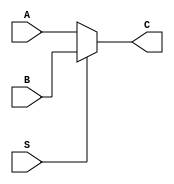
`timescale 1ns / 1ps
//////////////////////////////////////////////////////////////////////////////////
// Company: 
// Engineer: 
// 
// Design Name: 
// Module Name:    MUX2T1_32 
// Project Name: 
// Target Devices: 
// Tool versions: 
// Description: 
//
// Dependencies: 
//
// Revision: 
// Revision 0.01 - File Created
// Additional Comments: 
//
//////////////////////////////////////////////////////////////////////////////////
module MUX2T1_32(
	input [31:0]A,
	input [31:0]B,
	input S,
	output [31:0]C
    );
assign C=(S==0)?A:B;

endmodule